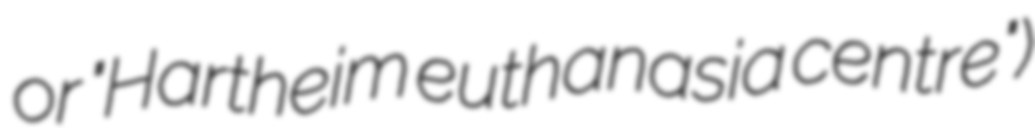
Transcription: or "Hartheim euthanasia centre")